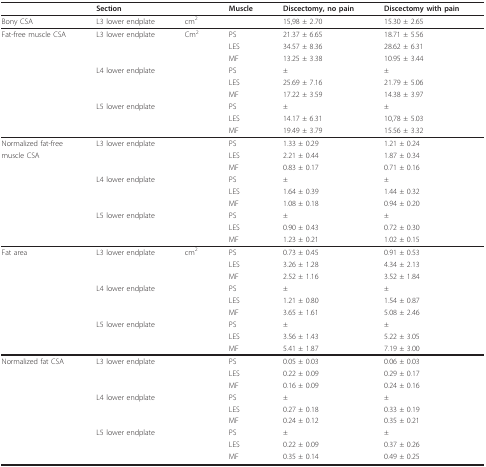
<table><thead><tr><td></td><td><b>Section</b></td><td></td><td><b>Muscle</b></td><td><b>Discectomy, no pain</b></td><td><b>Discectomy with pain</b></td></tr></thead><tbody><tr><td>Bony CSA</td><td>L3 lower endplate</td><td>cm<sup>2</sup></td><td></td><td>15,98 ± 2.70</td><td>15.30 ± 2.65</td></tr><tr><td>Fat-free muscle CSA</td><td>L3 lower endplate</td><td>Cm<sup>2</sup></td><td>PS</td><td>21.37 ± 6.65</td><td>18.71 ± 5.56</td></tr><tr><td></td><td></td><td></td><td>LES</td><td>34.57 ± 8.36</td><td>28.62 ± 6.31</td></tr><tr><td></td><td></td><td></td><td>MF</td><td>13.25 ± 3.38</td><td>10.95 ± 3.44</td></tr><tr><td></td><td>L4 lower endplate</td><td></td><td>PS</td><td>±</td><td>±</td></tr><tr><td></td><td></td><td></td><td>LES</td><td>25.69 ± 7.16</td><td>21.79 ± 5.06</td></tr><tr><td></td><td></td><td></td><td>MF</td><td>17.22 ± 3.59</td><td>14.38 ± 3.97</td></tr><tr><td></td><td>L5 lower endplate</td><td></td><td>PS</td><td>±</td><td>±</td></tr><tr><td></td><td></td><td></td><td>LES</td><td>14.17 ± 6.31</td><td>10,78 ± 5.03</td></tr><tr><td></td><td></td><td></td><td>MF</td><td>19.49 ± 3.79</td><td>15.56 ± 3.32</td></tr><tr><td>Normalized fat-free</td><td>L3 lower endplate</td><td></td><td>PS</td><td>1.33 ± 0.29</td><td>1.21 ± 0.24</td></tr><tr><td>muscle CSA</td><td></td><td></td><td>LES</td><td>2.21 ± 0.44</td><td>1.87 ± 0.34</td></tr><tr><td></td><td></td><td></td><td>MF</td><td>0.83 ± 0.17</td><td>0.71 ± 0.16</td></tr><tr><td></td><td>L4 lower endplate</td><td></td><td>PS</td><td>±</td><td>±</td></tr><tr><td></td><td></td><td></td><td>LES</td><td>1.64 ± 0.39</td><td>1.44 ± 0.32</td></tr><tr><td></td><td></td><td></td><td>MF</td><td>1.08 ± 0.18</td><td>0.94 ± 0.20</td></tr><tr><td></td><td>L5 lower endplate</td><td></td><td>PS</td><td>±</td><td>±</td></tr><tr><td></td><td></td><td></td><td>LES</td><td>0.90 ± 0.43</td><td>0.72 ± 0.30</td></tr><tr><td></td><td></td><td></td><td>MF</td><td>1.23 ± 0.21</td><td>1.02 ± 0.15</td></tr><tr><td>Fat area</td><td>L3 lower endplate</td><td>cm<sup>2</sup></td><td>PS</td><td>0.73 ± 0.45</td><td>0.91 ± 0.53</td></tr><tr><td></td><td></td><td></td><td>LES</td><td>3.26 ± 1.28</td><td>4.34 ± 2.13</td></tr><tr><td></td><td></td><td></td><td>MF</td><td>2.52 ± 1.16</td><td>3.52 ± 1.84</td></tr><tr><td></td><td>L4 lower endplate</td><td></td><td>PS</td><td>±</td><td>±</td></tr><tr><td></td><td></td><td></td><td>LES</td><td>1.21 ± 0.80</td><td>1.54 ± 0.87</td></tr><tr><td></td><td></td><td></td><td>MF</td><td>3.65 ± 1.61</td><td>5.08 ± 2.46</td></tr><tr><td></td><td>L5 lower endplate</td><td></td><td>PS</td><td>±</td><td>±</td></tr><tr><td></td><td></td><td></td><td>LES</td><td>3.56 ± 1.43</td><td>5.22 ± 3.05</td></tr><tr><td></td><td></td><td></td><td>MF</td><td>5.41 ± 1.87</td><td>7.19 ± 3.00</td></tr><tr><td>Normalized fat CSA</td><td>L3 lower endplate</td><td></td><td>PS</td><td>0.05 ± 0.03</td><td>0.06 ± 0.03</td></tr><tr><td></td><td></td><td></td><td>LES</td><td>0.22 ± 0.09</td><td>0.29 ± 0.17</td></tr><tr><td></td><td></td><td></td><td>MF</td><td>0.16 ± 0.09</td><td>0.24 ± 0.16</td></tr><tr><td></td><td>L4 lower endplate</td><td></td><td>PS</td><td>±</td><td>±</td></tr><tr><td></td><td></td><td></td><td>LES</td><td>0.27 ± 0.18</td><td>0.33 ± 0.19</td></tr><tr><td></td><td></td><td></td><td>MF</td><td>0.24 ± 0.12</td><td>0.35 ± 0.21</td></tr><tr><td></td><td>L5 lower endplate</td><td></td><td>PS</td><td>±</td><td>±</td></tr><tr><td></td><td></td><td></td><td>LES</td><td>0.22 ± 0.09</td><td>0.37 ± 0.26</td></tr><tr><td></td><td></td><td></td><td>MF</td><td>0.35 ± 0.14</td><td>0.49 ± 0.25</td></tr></tbody></table>